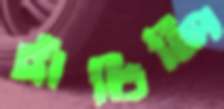
হাঁচিলি